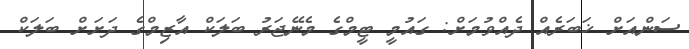
ސަންއަށް ޚަބަރެއް ދެއްވުމަށް: ގައުމީ ޓީމްގެ މެނޭޖަރު ބަލަކް އާޒިމްގެ ދަށަށް ބަލަކް